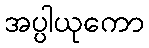
အပ္ပါယုကော